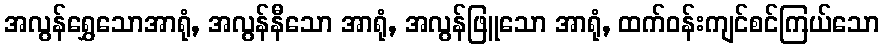
အလွန်ရွှေသောအာရုံ, အလွန်နီသော အာရုံ, အလွန်ဖြူသော အာရုံ, ထက်ဝန်းကျင်စင်ကြယ်သော